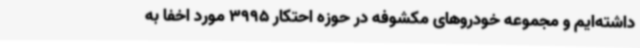
داشته‌ایم و مجموعه خودروهای مکشوفه در حوزه احتکار 3995 مورد اخفا به